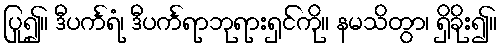
ပြု၍။ ဒီပင်္ကရံ၊ ဒီပင်္ကရာဘုရားရှင်ကို။ နမသိတွာ၊ ရှိခိုး၍။